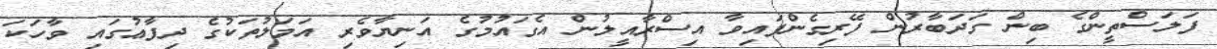
ފަލަސްތީންގެ ބިން ގަދަބާރުން ފޭރިގެންފައިވާ އިސްރާއީލުން އެގައުމުގެ އަނިޔާވެރި އަމަލުތަކުގެ ދިފާޢުގައި ވާހަކަ